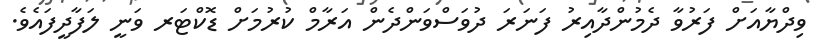
ވިދްޔާއަށް ފަރުވާ ދެމުންދާއިރު ފަނަރަ ދުވަސްވަންދެން އަރާމް ކުރުމަށް ޑޮކްޓަރ ވަނީ ލަފާދީފައެވެ.